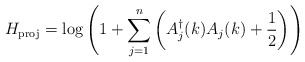
\begin{align*}H_{\rm proj}=\log\left(1+\sum_{j=1}^n\left(A^{\dagger}_j(k)A_j(k)+{1\over 2}\right)\right)\end{align*}